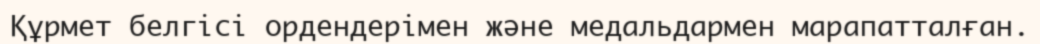
Құрмет белгісі ордендерімен және медальдармен марапатталған.